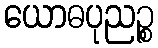
ယောဓပုညဉ္စ